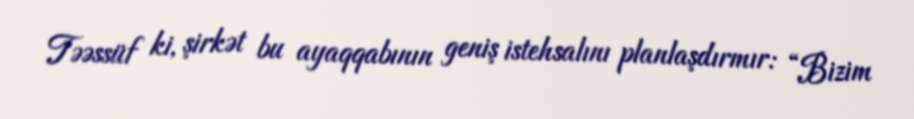
Təəssüf ki, şirkət bu ayaqqabının geniş istehsalını planlaşdırmır: “Bizim